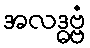
အလဒ္ဓဗ္ဗံ